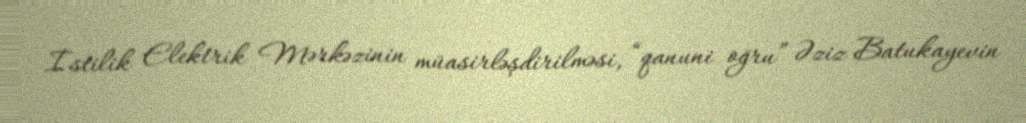
İstilik Elektrik Mərkəzinin müasirləşdirilməsi, “qanuni oğru” Əziz Batukayevin